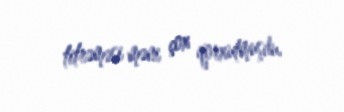
titrəməsi məni çox qorxutmuşdu.